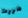
مررت